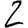
Digit: 2